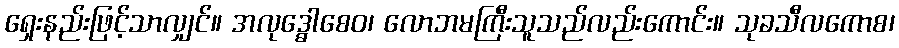
ရှေးနည်းဖြင့်သာလျှင်။ အလုဒ္ဓေါစေဝ၊ လောဘမကြီးသူသည်လည်းကောင်း။ သုခသီလကောစ၊